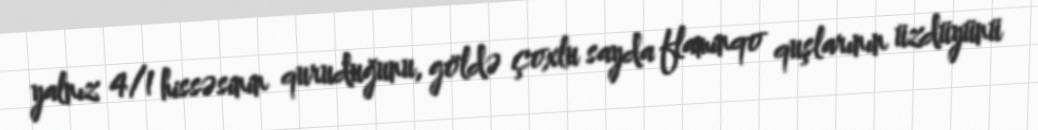
yalnız 4/1 hissəsinin quruduğunu, göldə çoxlu sayda flaminqo quşlarının üzdüyünü